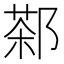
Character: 𲆙